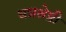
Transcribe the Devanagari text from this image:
धन्नश्रेष्ठी